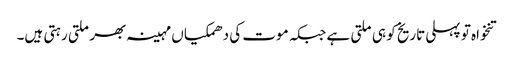
تنخواہ تو پہلی تاریخ کو ہی ملتی ہے جبکہ موت کی دھمکیاں مہینہ بھر ملتی رہتی ہیں۔